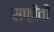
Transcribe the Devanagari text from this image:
सफ़ीवी